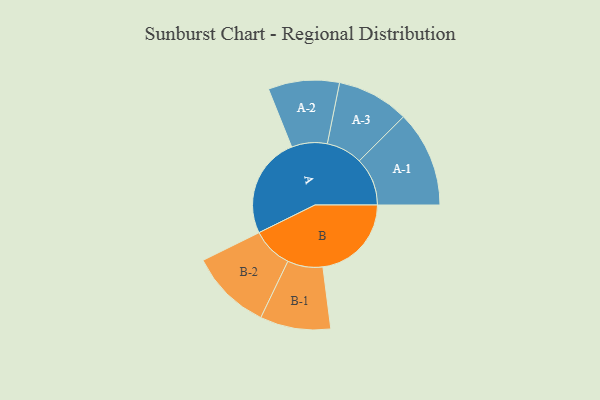
{"axis": {"x": "Segment", "y": "Value"}, "legend": ["", "A", "B"], "data": [{"x": "A", "y": 395, "type": ""}, {"x": "B", "y": 346, "type": ""}, {"x": "A-1", "y": 188, "type": "A"}, {"x": "A-2", "y": 139, "type": "A"}, {"x": "A-3", "y": 141, "type": "A"}, {"x": "B-1", "y": 138, "type": "B"}, {"x": "B-2", "y": 159, "type": "B"}]}